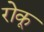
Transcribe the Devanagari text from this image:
रोकू